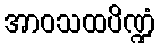
အာဝသထပိဏ္ဍံ